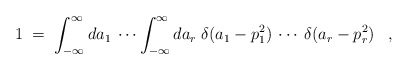
\begin{align*}1 \;=\; \int_{-\infty}^\infty da_1 \:\cdots \int_{-\infty}^\infty da_r \; \delta(a_1 - p_1^2) \:\cdots\: \delta(a_r - p_r^2) \;\;\; ,\end{align*}